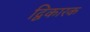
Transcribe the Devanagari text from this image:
द्विकारक